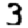
Digit: 3